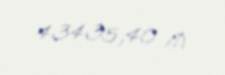
43435,40 ₼